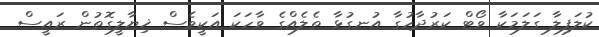
ކުލަފިލާ ގަލަމަކާ ވޯޓް ކަރުދާހުގާ އުނގުޅާ ތެލެއްގެ ވާހަކަ އަކީވެސް ޚިޔާލީގޮތުން ރައީސް